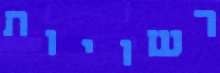
רשויות